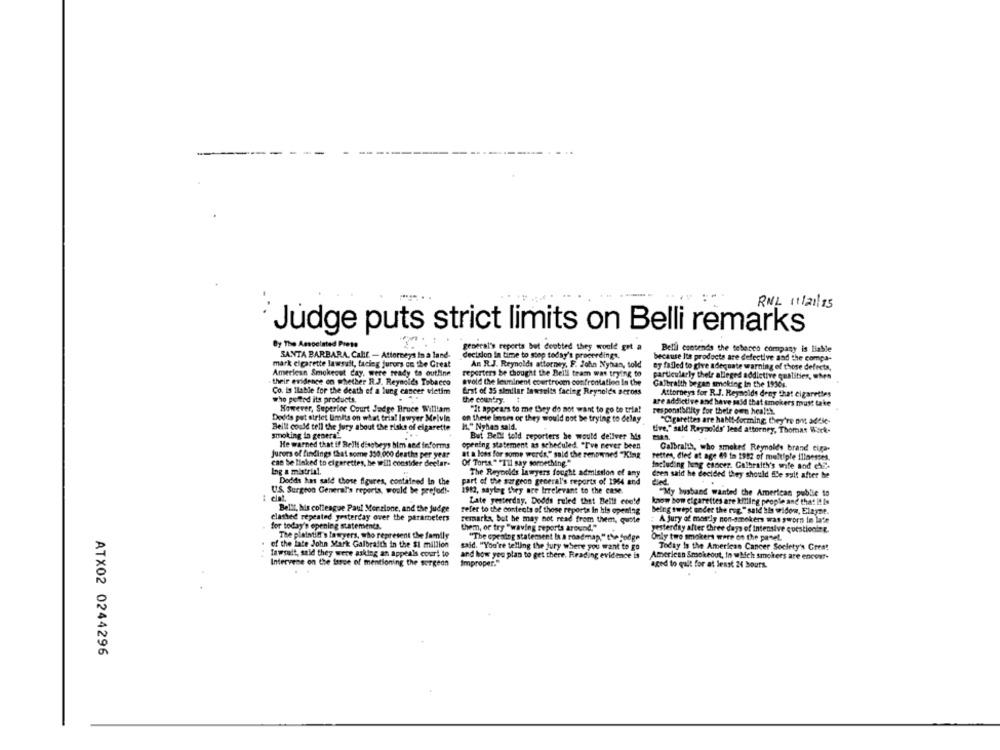
RNL 11/21/15
Judge puts strict limits on Belli remarks
By The Associated Press
general's reports but doubted they would got a
Belll contends the tobacco company is liable
SANTA BARBARA, Callt - Attorneys In a land-
decision in time to stop today's proceedings.
because Its products are defective and the compa-
mark cigarette lawsuit, facing jurors on the Great
An R.J. Reynolds attorney. F. John Nyban, told
ey failed to give adequate warning of those defects,
American Smokeout day, were ready to outline
reperters be thought the Belll tram was trying to
particularly their alleged addictive qualities, when
their evidence on whether R.J. Reynolds Tobacco
avold the lesminent courtroom confrontation In the
Co. Is Ilable for the death of a lung cancer victim
Erst of 35 similar lawsuits facing Reynolds geross
Galbraith began smoking In the 19361.
who pelted its products.
Attorneys for R.J. Reynolds deny that cigarettes
the country.
are addictive and have said that smokers must take
However, Superior Court Judge Bruce William
"It appears to me Dey do not want to go to trin!
responsibility for their own health.
Dodde put strict limits on what trial lawyer Melvin
on these lines or they would not be trying to delay
"Cigarettes are hablt-forming, they're niv. addic-
Beill could tell the jury about the risks of cigarette
I." Nyhas sald.
smoking in generaE.
But Belli told reporters he would deilver his
tive," said Reynolds' lend attorney, Thomas Work-
He warned that if Belli disobeys bim sed informs
opening statement as scheduled. "I've never been
Galbraith, who smoked Reynolds brand cipa-
Jurors of findings that some 350.000 deaths per year
at a loss for some words," said the renowned "King
retten, died at age 69 in 1912 of multiple illnesses.
cae be linked to cigarettes, he will consider declar-
Of Torts" "I'll say something."
Including lung cancer. Galbraith's wife and eff-
Ing a mistrial.
The Reynolds lawyers fought admission of any
Dodds has said those figures, contained In the
part of the surgeon general's reports of 1964 and
dren said he decided they should fle salt after he
U.S. Surgeon General's reports, would be prefod !-
1912, saying they are Irrelevant to the case.
"My husband wanted the American public to
# elat.
Late yesterday. Dodds ruled that Belli could
know how cigarettes are killing people and that it Is
Bellt, his colleague Paul Menzione, and the judge
refer to the contents of those reports In his opening
Being swept under the rog." said the widow, Elayne.
clashed repeated yesterday over the parameters
for today's opening statements.
remarks but he may not read from them, quote
A jury of mostly non-smokers was sworn in late
them, or try "waving reports around."
yesterday after three days of Intensive questioning.
The plaintiff's lawyers, who represent the family
"The opening statement Is a roadmap." the fudge
Only two smokers were on the panel.
of the late John Mark Galbraith in the $1 million
said. "You're telling the jury where you want to go
Today Is the American Cancer Society's Great
fawsait, said they were asking an appeals court to
and how you plan to get there. Reading evidence is
American Smokeout, In which smokers are encour-
Intervene on the issue of mentioning the surgeon
Improper."
ared to quit for at least 24 hours.
ATX02 0244296